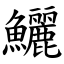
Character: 鱺